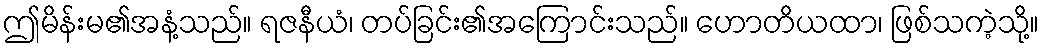
ဤမိန်းမ၏အနံ့သည်။ ရဇနီယံ၊ တပ်ခြင်း၏အကြောင်းသည်။ ဟောတိယထာ၊ ဖြစ်သကဲ့သို့။